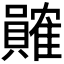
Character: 𬥩